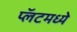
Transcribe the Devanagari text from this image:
प्लॅटमध्ये